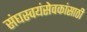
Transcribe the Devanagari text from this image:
संघस्वयंसेवकांसाठी